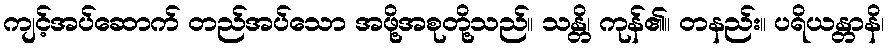
ကျင့်အပ်ဆောက် တည်အပ်သော အဖို့အစုတို့သည်။ သန္တိ၊ ကုန်၏။ တနည်း။ ပရိယန္တာနိ၊